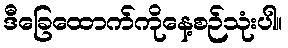
ဒီခြေထောက်ကိုနေ့စဉ်သုံးပါ။